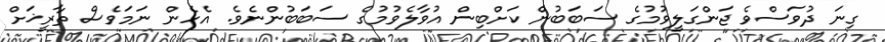
ގިނަ ދުވަސްވެ ޖަންގަލީވުމުގެ ސަބަބުން ކަށްބިން އުވާލެވުމުގެ ސަބަބުންނެވެ. އެހެން ނަމަވެސް ތާރީޚަށް